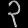
Digit: ၃